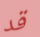
قد